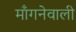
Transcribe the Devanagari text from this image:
माँगनेवाली